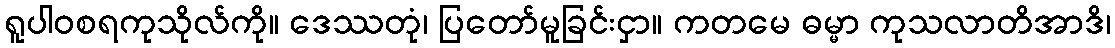
ရူပါဝစရကုသိုလ်ကို။ ဒေဿတုံ၊ ပြတော်မူခြင်းငှာ။ ကတမေ ဓမ္မာ ကုသလာတိအာဒိ၊